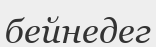
бейнедег